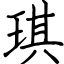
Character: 琪